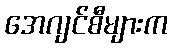
အေဂျင်စီများက